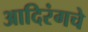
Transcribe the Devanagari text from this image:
आदिरंगचे